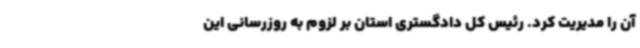
آن را مدیریت کرد. رئیس کل دادگستری استان بر لزوم به روزرسانی این